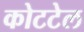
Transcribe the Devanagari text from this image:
कोटटेल